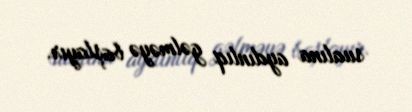
sualına aydınlıq gəlməyə başlayır.